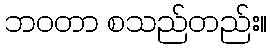
ဘဝတာ စသည်တည်း။